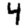
Digit: 4